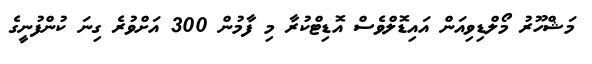
މަޝްހޫރު މޯލްޑިވިއަން އައިޑޮލްވެސް އޮޑިޓްކުރާ މި ފާމުން 300 އަށްވުރެ ގިނަ ކުންފުނީގެ